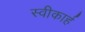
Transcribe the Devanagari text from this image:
स्वीकार्ह